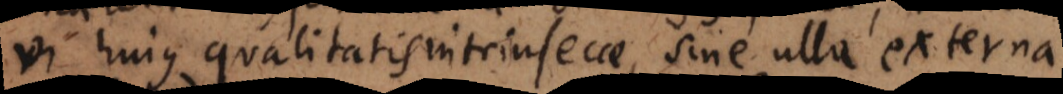
vi hujus qualitatis intrinsecae, sine ulla externa